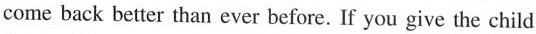
come back better than ever before. If you give the child